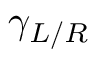
\gamma _ { L / R }